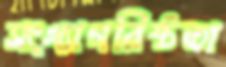
সংখ্যাগরিষ্ঠতা